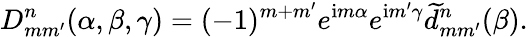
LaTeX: D_{mm^{\prime}}^{n}(\alpha,\beta,\gamma)=(-1)^{m+m^{\prime}}e^{\mathrm{i}m\alpha}e^{\mathrm{i}m^{\prime}\gamma}\widetilde{d}_{mm^{\prime}}^{n}(\beta).